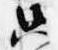
只